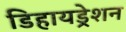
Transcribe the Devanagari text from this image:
डिहायड्रेशन